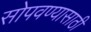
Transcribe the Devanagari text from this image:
सोपवण्यासाठी